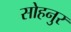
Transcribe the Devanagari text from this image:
सोहनुर